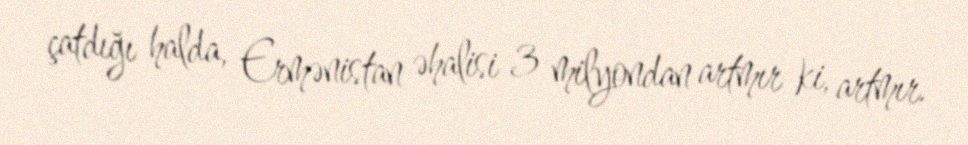
çatdığı halda, Ermənistan əhalisi 3 milyondan artmır ki, artmır.